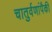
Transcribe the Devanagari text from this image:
चातुर्वणांपैकी